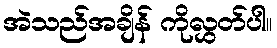
အဲသည်အချိန် ကိုလွှတ်ပါ။